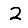
Digit: 2